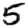
Digit: 5